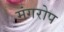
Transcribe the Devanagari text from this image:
मंगरोप